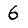
Digit: 6